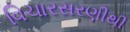
વિચારસરણીથી